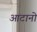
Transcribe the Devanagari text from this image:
आटानो